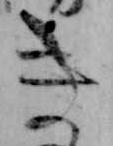
き